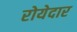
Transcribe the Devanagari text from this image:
रोयेदार